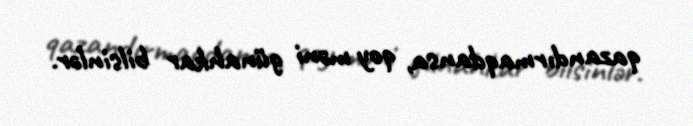
qazandırmaqdansa, qoy məni günahkar bilsinlər.